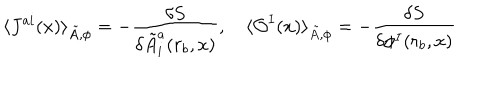
\langle J ^ { a i } ( x ) \rangle _ { \tilde { A } , \phi } = - \frac { \delta S } { \delta \tilde { A } _ { i } ^ { a } ( r _ { b } , x ) } , \hspace { 1 e m } \langle { \cal O } ^ { I } ( x ) \rangle _ { \tilde { A } , \phi } = - \frac { \delta S } { \delta \phi ^ { I } ( r _ { b } , x ) }